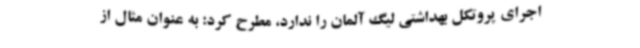
اجرای پروتکل بهداشتی لیگ آلمان را ندارد، مطرح کرد: به عنوان مثال از